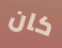
كان